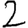
Digit: 2